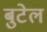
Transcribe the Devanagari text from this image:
बुटेल